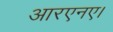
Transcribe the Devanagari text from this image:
आरएनए।